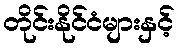
တိုင်းနိုင်ငံများနှင့်